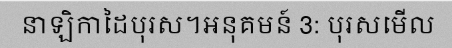
នាឡិកាដៃបុរស។អនុគមន៍ 3: បុរសមើល